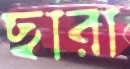
ছারা